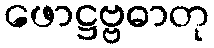
ဖောဋ္ဌဗ္ဗဓာတု